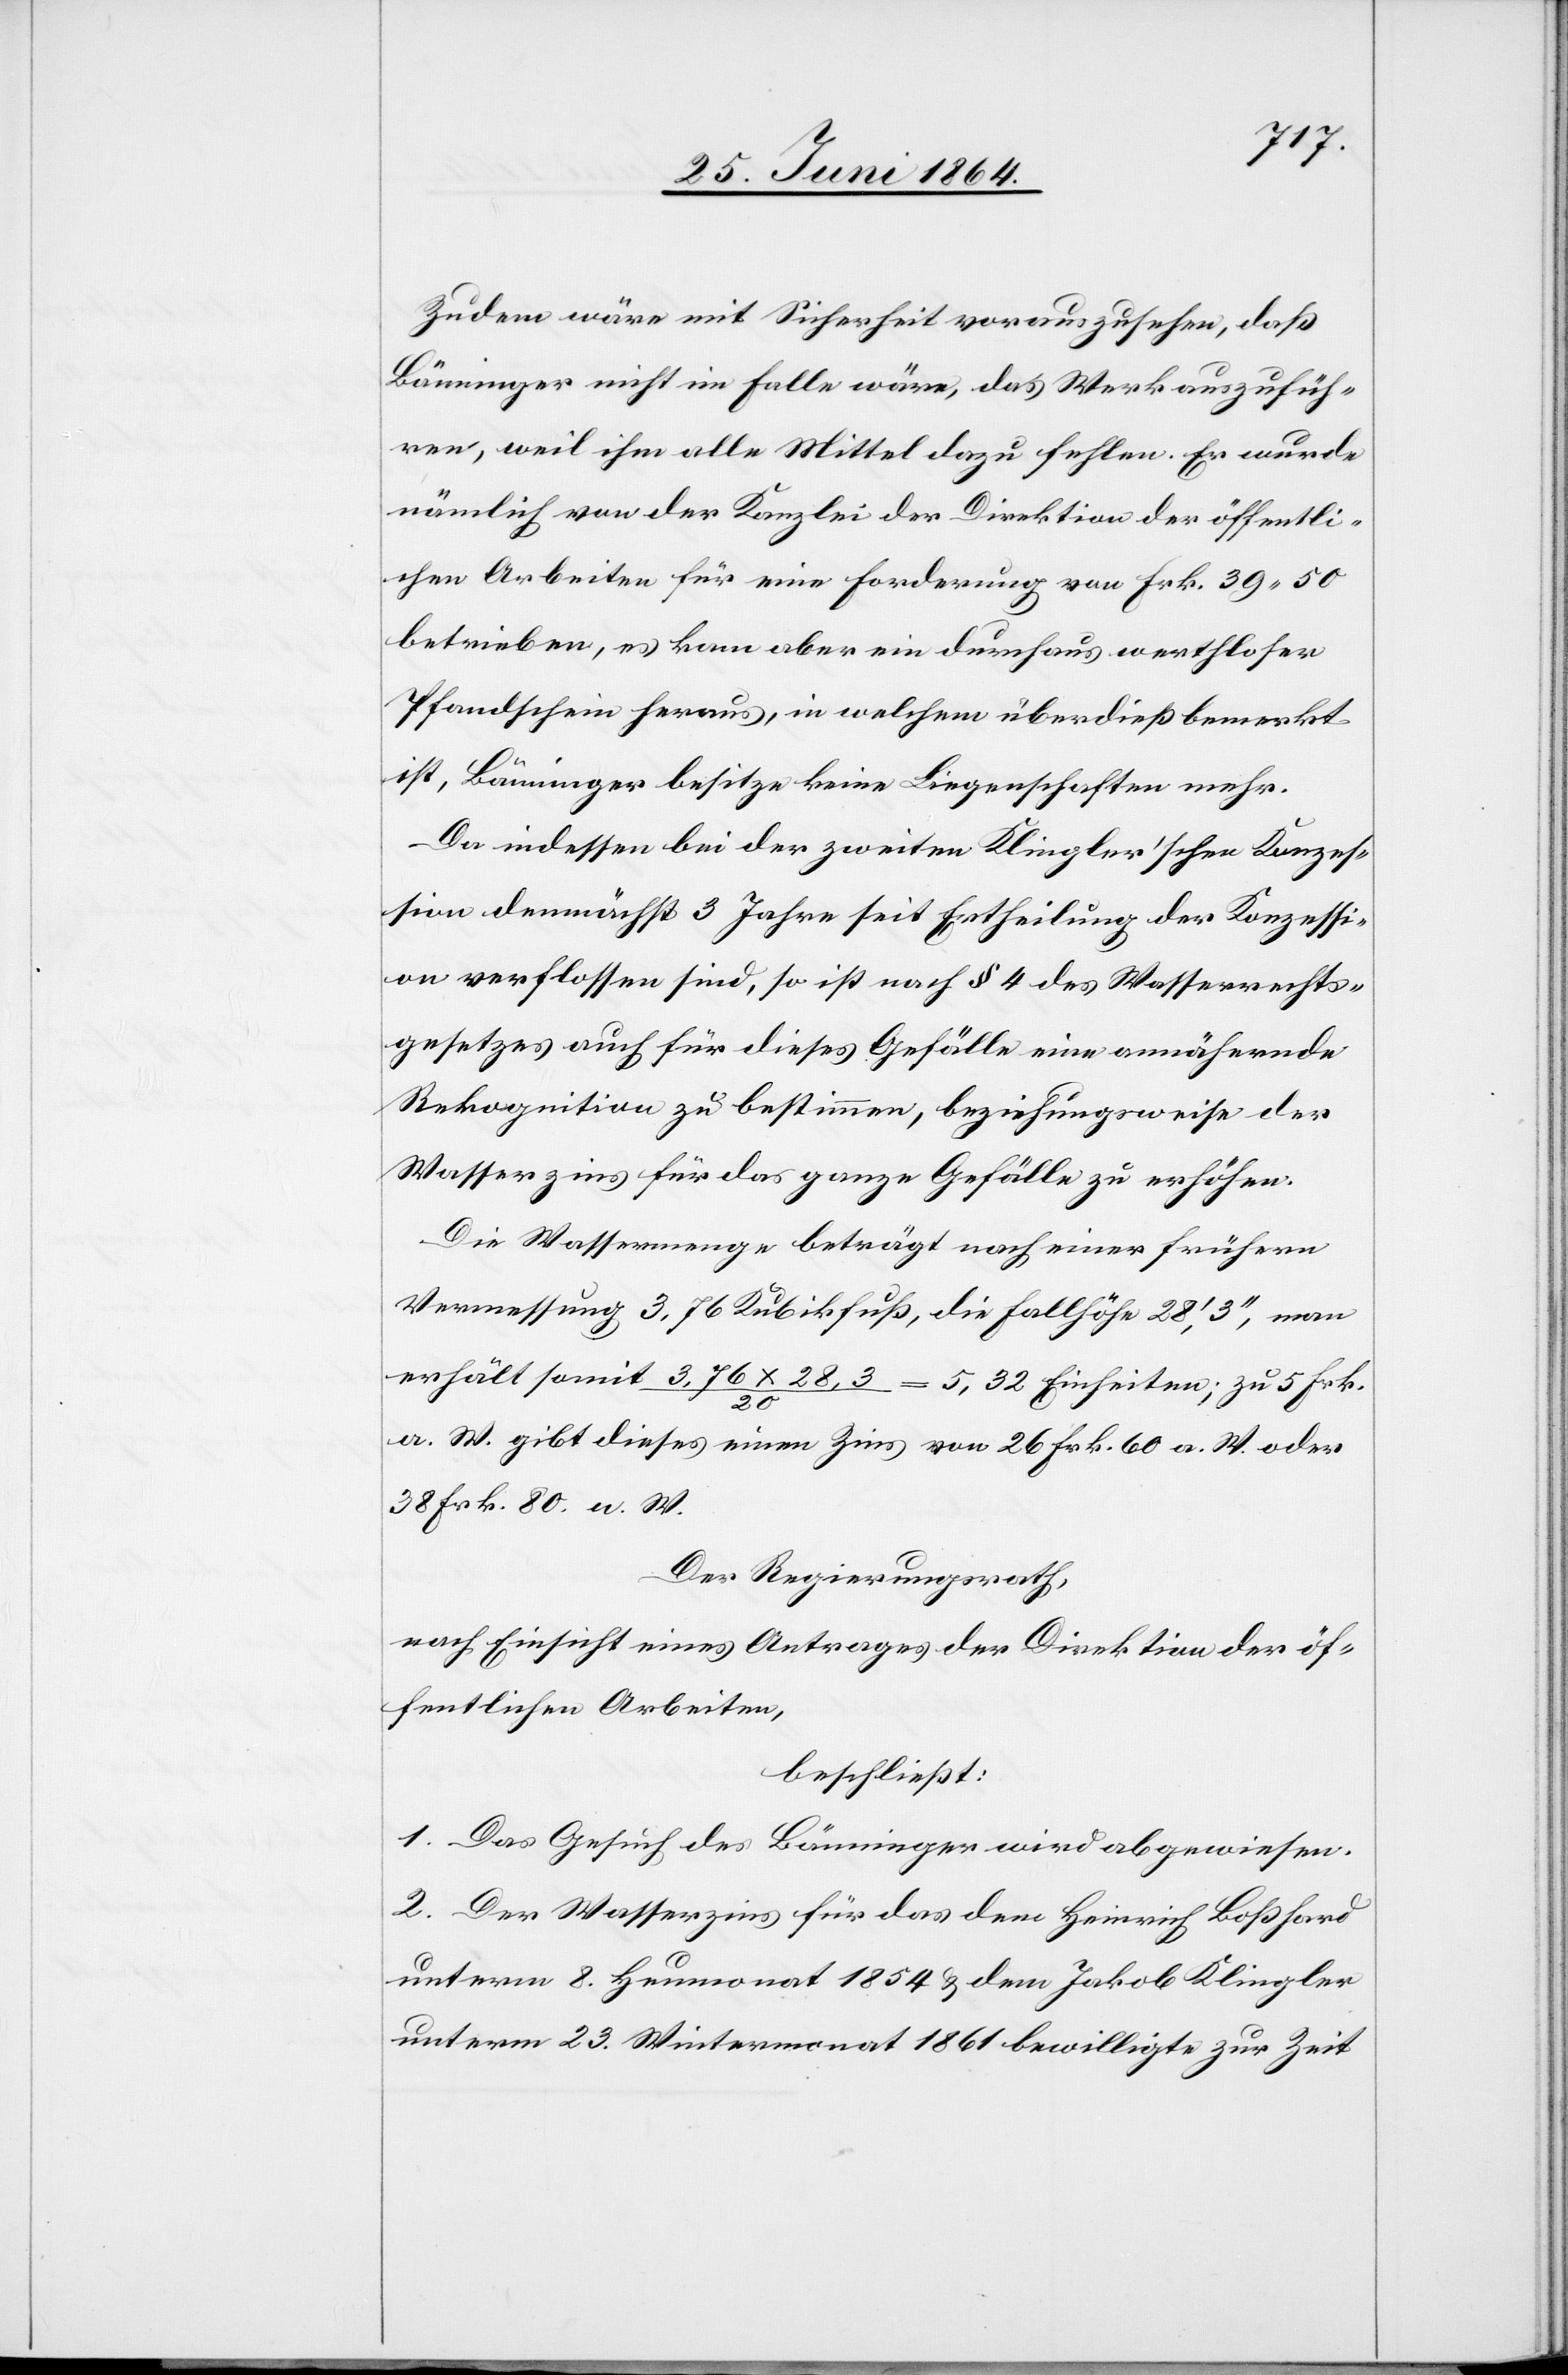
Zudem wäre mit Sicherheit vorauszusehen, daß
Bänninger nicht im Falle wäre, das Werk auszufüh¬
ren, weil ihm alle Mittel dazu fehlen. Er wurde
nämlich von der Kanzlei der Direktion der öffentli¬
chen Arbeiten für eine Forderung von Frk. 39 50
betrieben, es kam aber ein durchaus werthloser
Pfandschein heraus, in welchem überdieß bemerkt
ist, Bänninger besitze keine Liegenschaften mehr.
Da indessen bei der zweiten Klingler’schen Konzes¬
sion demnächst 3 Jahre seit Ertheilung der Konzessi¬
on verflossen sind, so ist nach § 4 des Wasserrechts¬
gesetzes auch für dieses Gefälle eine annähernde
Rekognition zu bestimmen, beziehungsweise der
Wasserzins für das ganze Gefälle zu erhöhen.
Die Wassermenge beträgt nach einer frühern
Vermessung 3,76 Kubikfuß, die Fallhöhe 28’, 3’’, man
erhält somit 3,76 x 28,3 / 20 = 5,32 Einheiten; zu 5 Frk.
a. W. gibt dieses einen Zins von 26 Frk. 60 a. W. oder
38 Frk. 80 w. W.
Der Regierungsrath,
nach Einsicht eines Antrages der Direktion der öf¬
fentlichen Arbeiten,
beschließt:
1. Das Gesuch des Bänninger wird abgewiesen.
2. Der Wasserzins für das dem Heinrich Boßhard
unterm 8. Heumonat 1854 u. dem Jakob Klingler
unterm 23. Wintermonat 1861 bewilligte zur Zeit